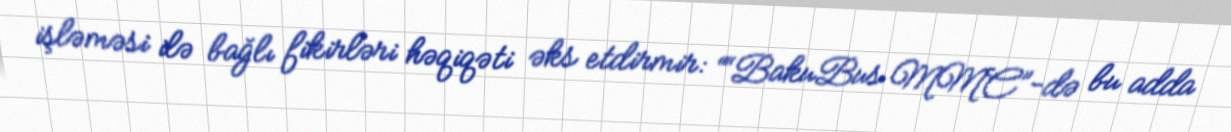
işləməsi ilə bağlı fikirləri həqiqəti əks etdirmir: ““BakuBus MMC”-də bu adda